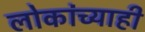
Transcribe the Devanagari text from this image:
लोकांच्याही